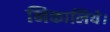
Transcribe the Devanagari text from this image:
निकालिये।